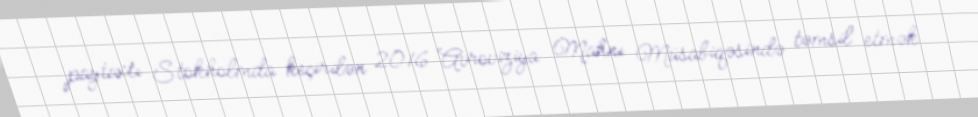
paytaxtı Stokholmda keçirilən 2016 Avroviziya Mahnı Müsabiqəsində təmsil etmək